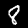
Label: 8